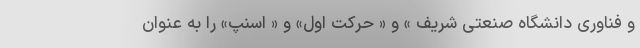
و فناوری دانشگاه صنعتی شریف » و « حرکت اول» و « اسنپ» را به عنوان